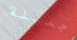
جميلة